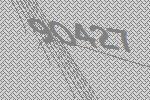
90427